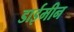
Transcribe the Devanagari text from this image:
डाईमीन